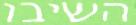
השיבו